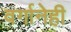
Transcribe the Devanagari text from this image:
वर्गानेही